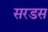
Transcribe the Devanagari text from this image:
सरडस